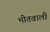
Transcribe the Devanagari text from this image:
भीतवाली